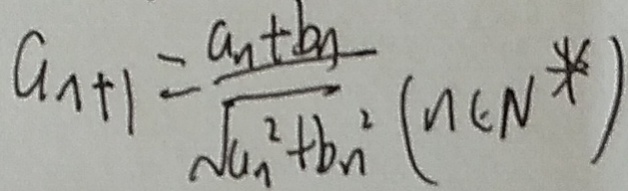
a _ { 1 + 1 } = \frac { a _ { n } + b _ { n } } { \sqrt { a _ { 1 } ^ { 2 } + b _ { n } ^ { 2 } } } ( n \in N ^ { \ast } )